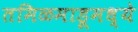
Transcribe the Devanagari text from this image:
तमिळमाडूमध्ये